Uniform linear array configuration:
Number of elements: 12
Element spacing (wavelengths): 0.75
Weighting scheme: exponential
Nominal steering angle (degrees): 30
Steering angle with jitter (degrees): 28.903
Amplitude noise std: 0.05
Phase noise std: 0.05

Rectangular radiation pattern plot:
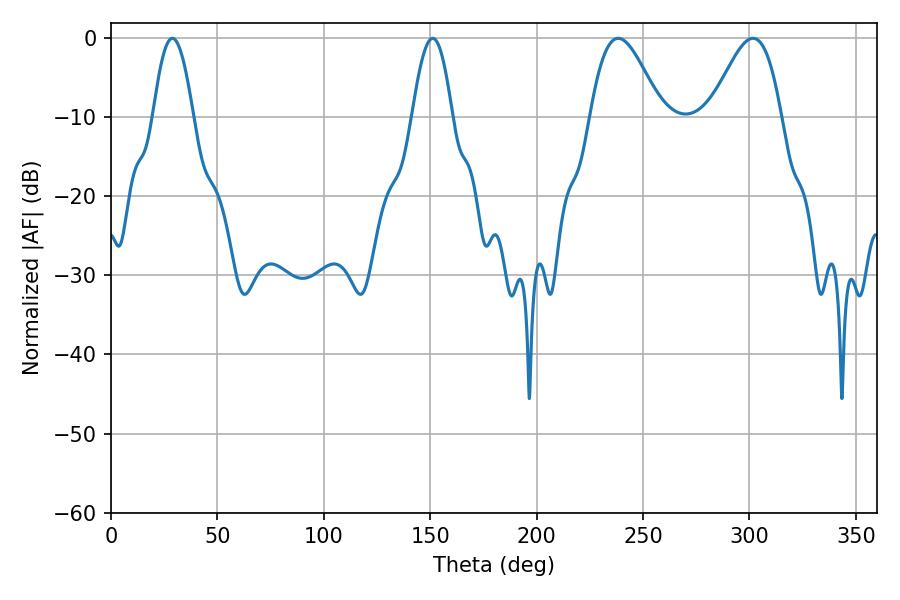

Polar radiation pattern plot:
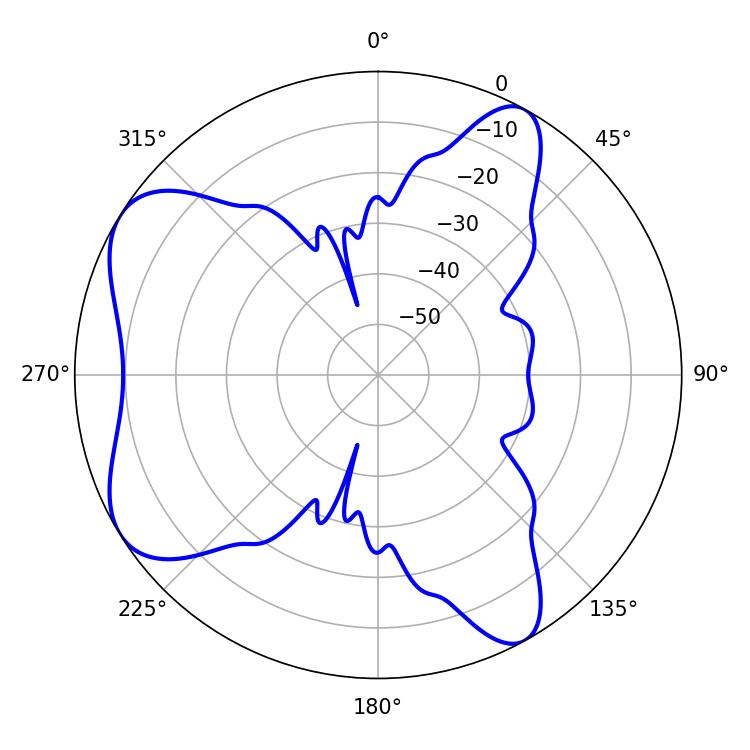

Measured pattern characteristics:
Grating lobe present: TRUE
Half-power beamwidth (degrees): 17.82
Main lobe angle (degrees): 238.32